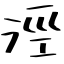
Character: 涇